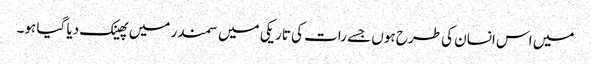
میں اس انسان کی طرح ہوں جسے رات کی تاریکی میں سمندر میں پھینک دیا گیا ہو۔